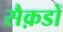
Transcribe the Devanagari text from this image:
सैक़डों